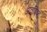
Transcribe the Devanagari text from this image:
अवषिष्ट